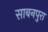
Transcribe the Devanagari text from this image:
साबनपुरा